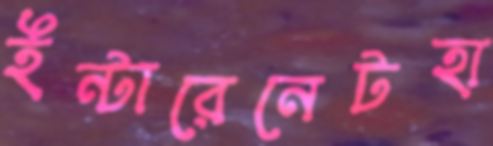
ইন্টারেনেটহা